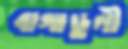
বাগাডুলী